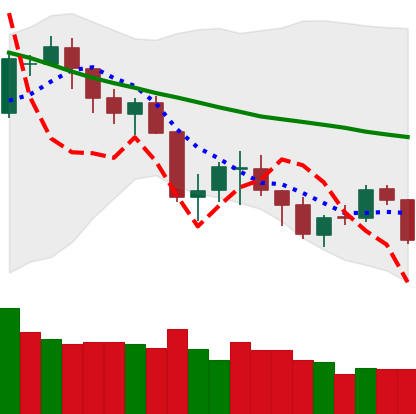
Ticker: BTC-USD
Chart end date: 2018-05-22
Forward return: -8.376%
Label: down_7plus